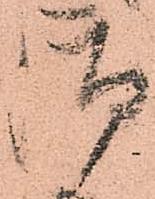
御